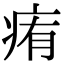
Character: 痏